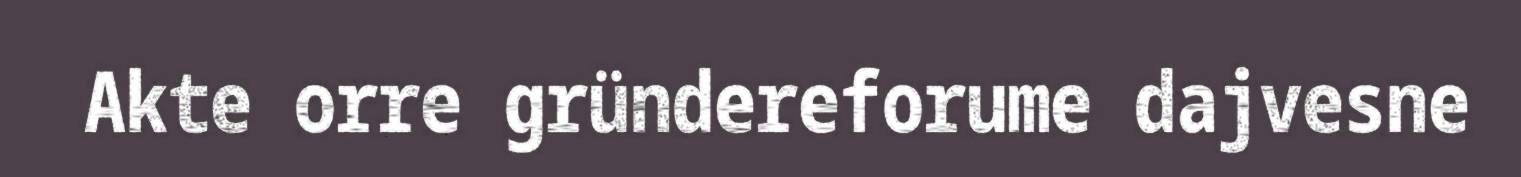
Akte orre gründereforume dajvesne